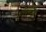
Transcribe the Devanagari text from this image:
उमेदवारीही